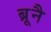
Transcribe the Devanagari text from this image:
ब्रूनै